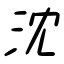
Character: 沈